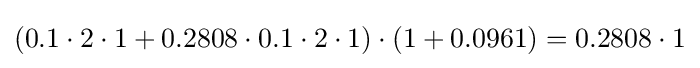
(0.1\cdot 2\cdot 1+0.2808\cdot 0.1\cdot 2\cdot 1)\cdot (1+0.0961)=0.2808\cdot 1